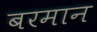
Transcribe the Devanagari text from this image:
बरमान